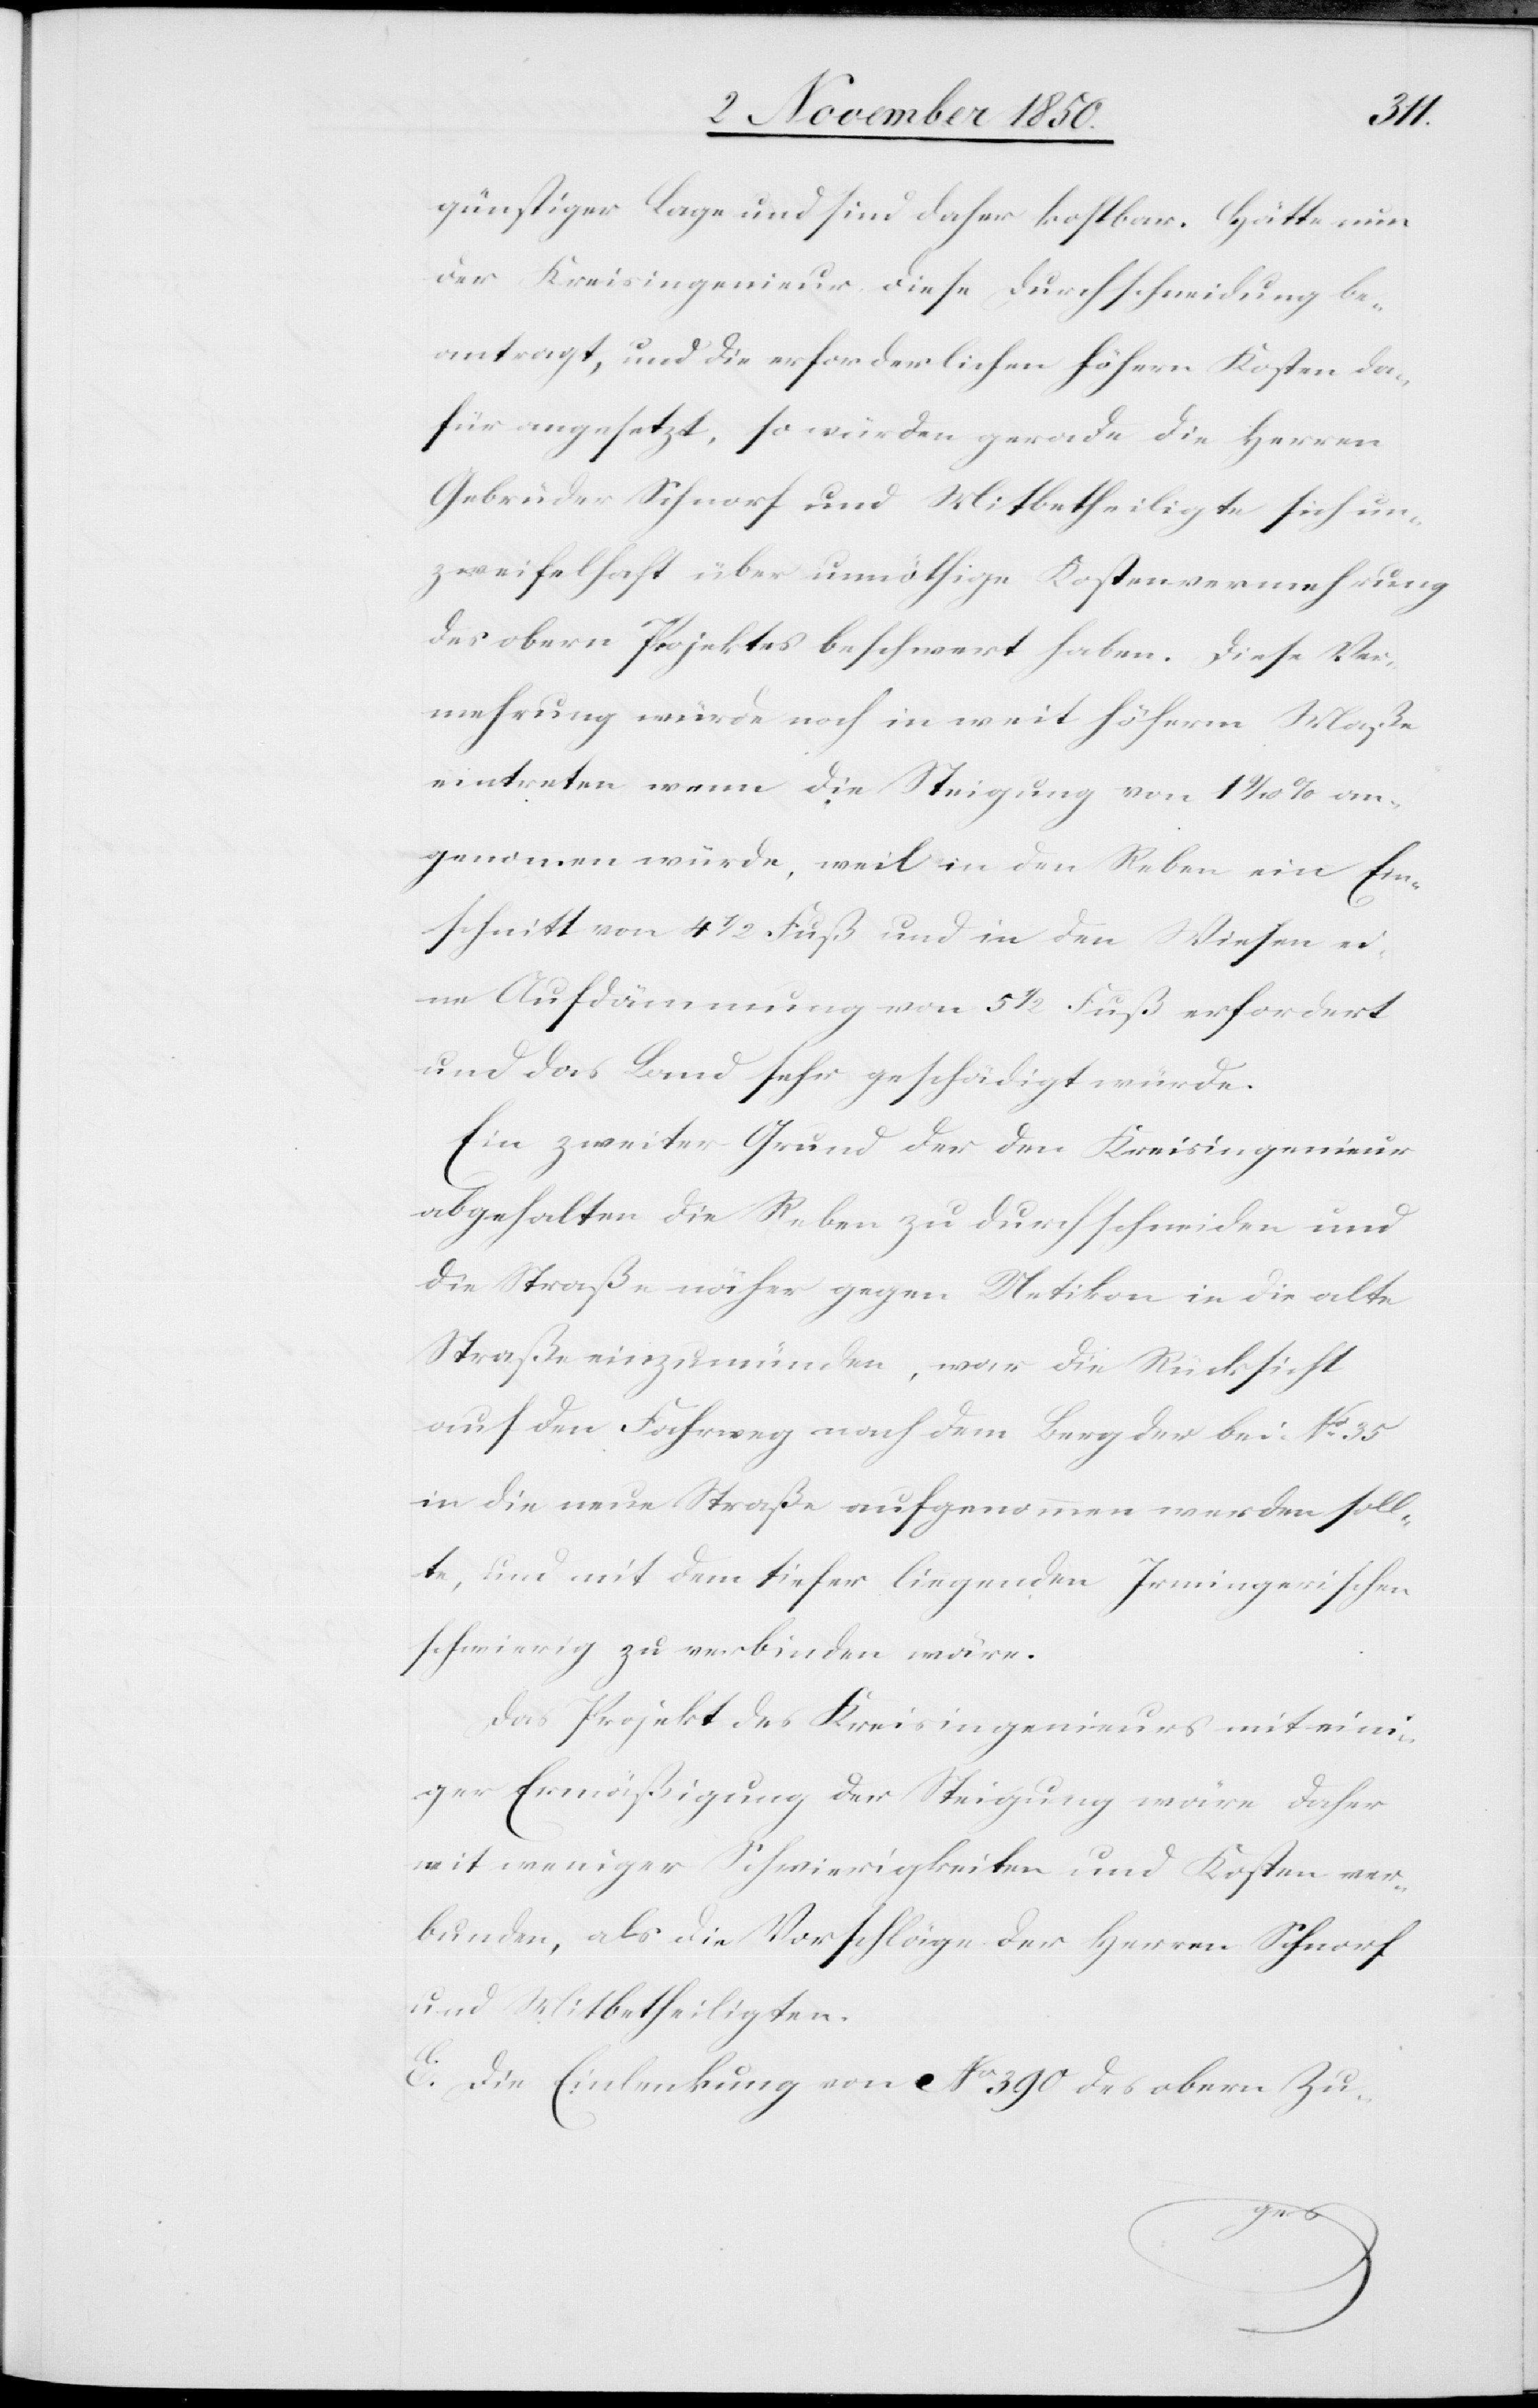
günstiger Lage und sind daher kostbar. Hätte nun
der Kreisingenieur diese Durchschneidung be¬
antragt, und die erforderlichen höhern Kosten da¬
für angesetzt, so würden gerade die Herren
Gebrüder Schnorf und Mitbetheiligte sich un¬
zweifelhaft über unnöthige Kostenvermehrung
des obern Projektes beschwert haben. Diese Ver¬
mehrung würde noch in weit höherm Maße
eintreten wenn die Steigung von 1 9/10 % an¬
genommen würde, weil in den Reben ein Ein¬
schnitt von 4 1/2 Fuß und in den Wiesen ei¬
ne Aufdämmung von 5 1/2 Fuß erfordert
und das Land sehr geschädigt würde.
Ein zweiter Grund der den Kreisingenieur
abgehalten die Reben zu durchschneiden und
die Straße näher gegen Uetikon in die alte
Straße einzumünden, war die Rücksicht
auf den Fahrweg nach dem Berg der bei No 35
in die neue Straße aufgenommen werden soll¬
te, und mit dem tiefer liegenden Irmingerischen
schwierig zu verbinden wäre.
Das Projekt des Kreisingenieurs mit eini¬
ger Ermäßigung der Steigung wäre daher
mit weniger Schwierigkeiten und Kosten ver¬
bunden, als die Vorschläge der Herren Schnorf
und Mitbetheiligten.
E. Die Einlenkung von No 390 des obern Zu-